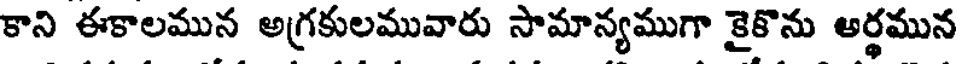
కాని ఈకాలమున అగ్రకులమువారు సామాన్యముగా కైకొను అర్థమున